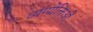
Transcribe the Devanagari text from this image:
व्यंग्योक्तिओं